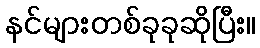
နင်များတစ်ခုခုဆိုပြီး။